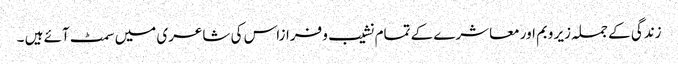
زندگی کے جملہ زیر وبم اور معاشرے کے تمام نشیب و فرازاس کی شاعری میں سمٹ آئے ہیں ۔